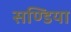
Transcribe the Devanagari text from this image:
सण्डिया